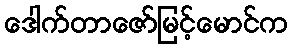
ဒေါက်တာဇော်မြင့်မောင်က